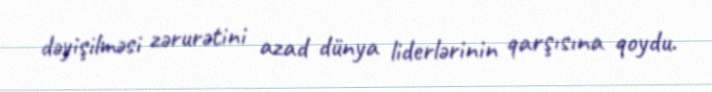
dəyişilməsi zərurətini azad dünya liderlərinin qarşısına qoydu.